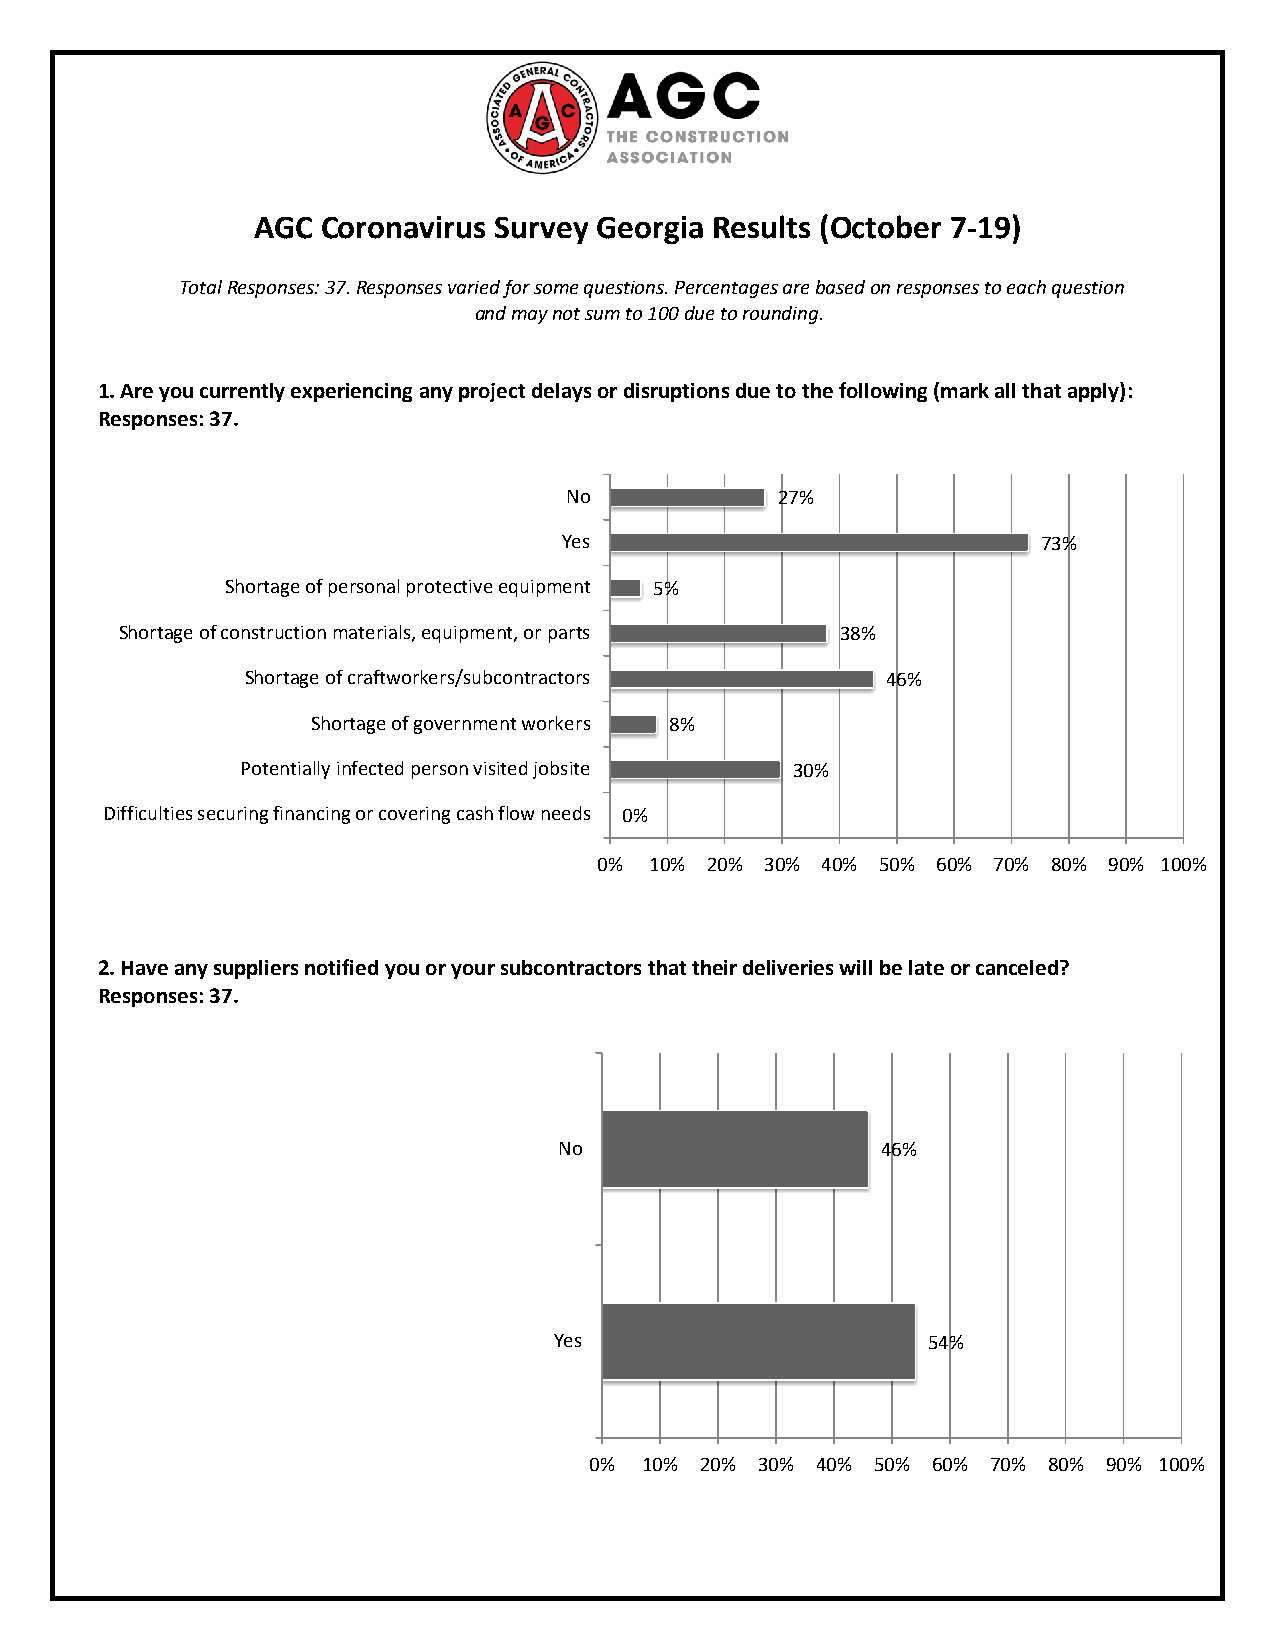
AGC Coronavirus Survey Georgia Results (October 7-19)
 Total Responses: 37. Responses varied for some questions. Percentages are based on responses to each question
 and may not sum to 100 due to rounding.
 1. Are you currently experiencing any project delays or disruptions due to the following (mark all that apply):
 Responses: 37.
 No            27%
 Yes                             73%
 Shortage of personal protective equipment 5%
 Shortage of construction materials, equipment, or parts 38%
 Shortage of craftworkers/subcontractors    46%
 Shortage of government workers 8%
 Potentially infected person visited jobsite 30%
 Difficulties securing financing or covering cash flow needs 0%
 0% 10% 20% 30% 40% 50% 60% 70% 80% 90% 100%
 2. Have any suppliers notified you or your subcontractors that their deliveries will be late or canceled?
 Responses: 37.
 No                   46%
 Yes                     54%
 0% 10% 20% 30% 40% 50% 60% 70% 80% 90% 100%